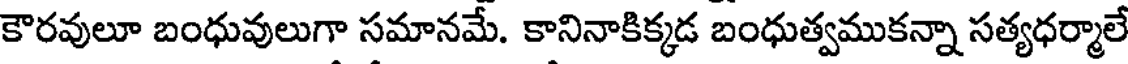
కౌరవులూ బంధువులుగా సమానమే. కానినాకిక్కడ బంధుత్వముకన్నా సత్యధర్మాలే